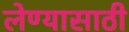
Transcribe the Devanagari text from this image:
लेण्यासाठी